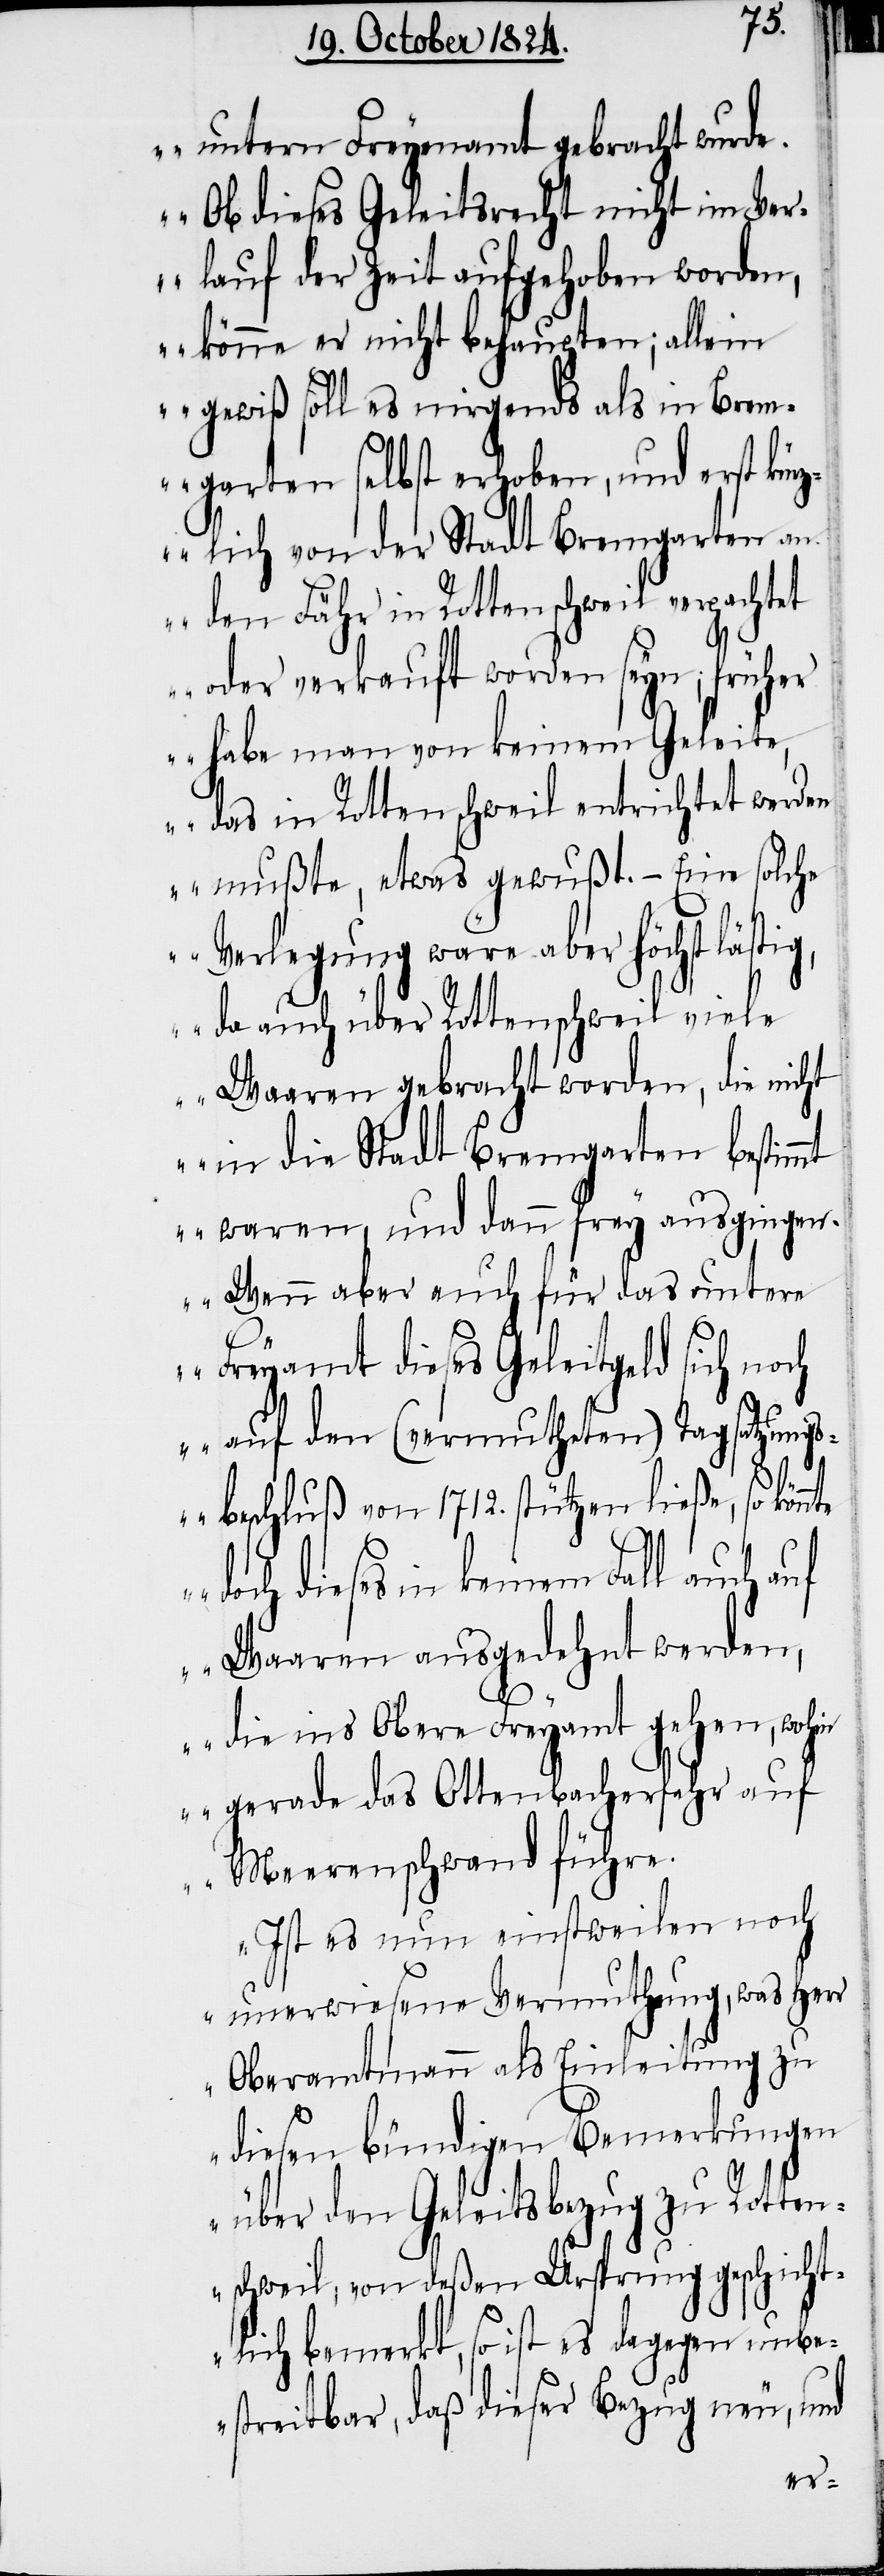
unterm Freyenamt gebracht
Ob dieses Geleitsrecht nicht im Ve¬
rlauf der Zeit aufgehoben worden,
könne er nicht behaupten; allein
gewiß soll es nirgends als in Brem¬
garten selbst erhoben, und erst kü¬
rzlich von der Stadt Bremgarten an
den Fähr in Rottenschweil verpachtet
oder verkauft worden seyn, früher
habe man von keinem Geleite,
das in Rottenschweil entrichtet werden
mußte, etwas gewußt. – Eine solche
Verlegung wäre aber höchst lästig,
da auch über Rottenschweil viel¬
e Waaren gebracht worden, die nicht
in die Stadt Bremgarten bestim¬
mt waren, und dann frey ausgingen.
Wenn aber auch für das unte¬
re Freyamt dieses Geleitgeld sich noch
auf den (vermutheten) Tagsatzung¬
sbeschluß von 1712. stützen
doch dieses in keinem Fall
Waaren ausgedehnt
die ins Obere Freyamt gehen,
gerade das Ottenbacherfahr
Meerenschwand führ¬
Ist es nun einstweilen noch
unerwiesene Vermuthung, was Herr
Oberamtmann als Einleitung zu
diesen bündigen Bemerkungen
über den Geleitsbezug zu Rotten¬
schweil, von deßen Ursprung geschicht¬
lich bemerkt, so ist es dagegen unbe¬
streitbar, daß dieser Bezug neu, und
e.[“]